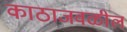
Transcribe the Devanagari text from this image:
काठाजवळील